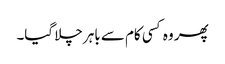
پھر وہ کسی کام سے باہر چلا گیا۔